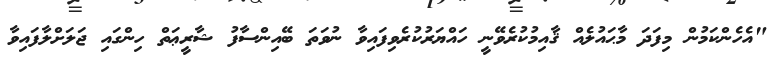
"އެހެންކަމުން މިފަދަ މާޙައުލެއް ޤާއިމުކުރެވޭނީ ހައްޔަރުކުރެވިފައިވާ ނުވަތަ ބޭއިންސާފު ޝާރީޢަތް ހިންގަައި ޖަލަށްލާފައިވާ